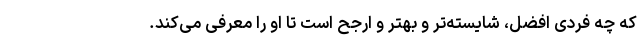
که چه فردی افضل، شایسته‌تر و بهتر و ارجح است تا او را معرفی می‌کند.